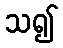
သ၍